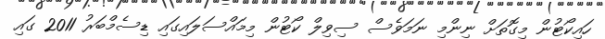
ހައިކޯޓުން މިގޮތަށް ނިންމި ނަމަވެސް ސިވިލް ކޯޓުން މިމައްސަލައިގައި ޑިސެމްބަރު 2011 ގައި